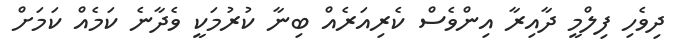
ދިވެހި ފިލްމީ ދާއިރާ އިންވެސް ކެރިއަރެއް ބިނާ ކުރުމަކީ ވެދާނެ ކަމެއް ކަމަށް